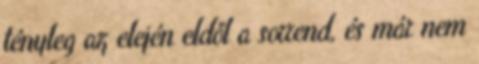
tényleg az elején eldől a sorrend, és már nem